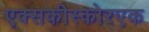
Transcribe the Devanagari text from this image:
एक्सकीस्कोरएक